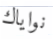
نواياك